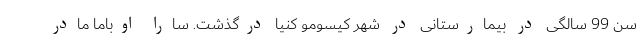
سن 99 سالگی در بیمارستانی در شهر کیسومو کنیا درگذشت. سارا اوباما مادر